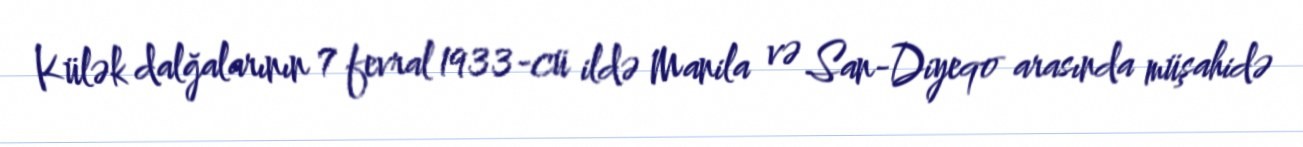
Külək dalğalarının 7 fevral 1933-cü ildə Manila və San-Diyeqo arasında müşahidə